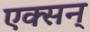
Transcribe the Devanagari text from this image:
एक्सन्